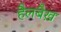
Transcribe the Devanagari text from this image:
हैलबैख़